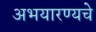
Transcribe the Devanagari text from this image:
अभयारण्यचे